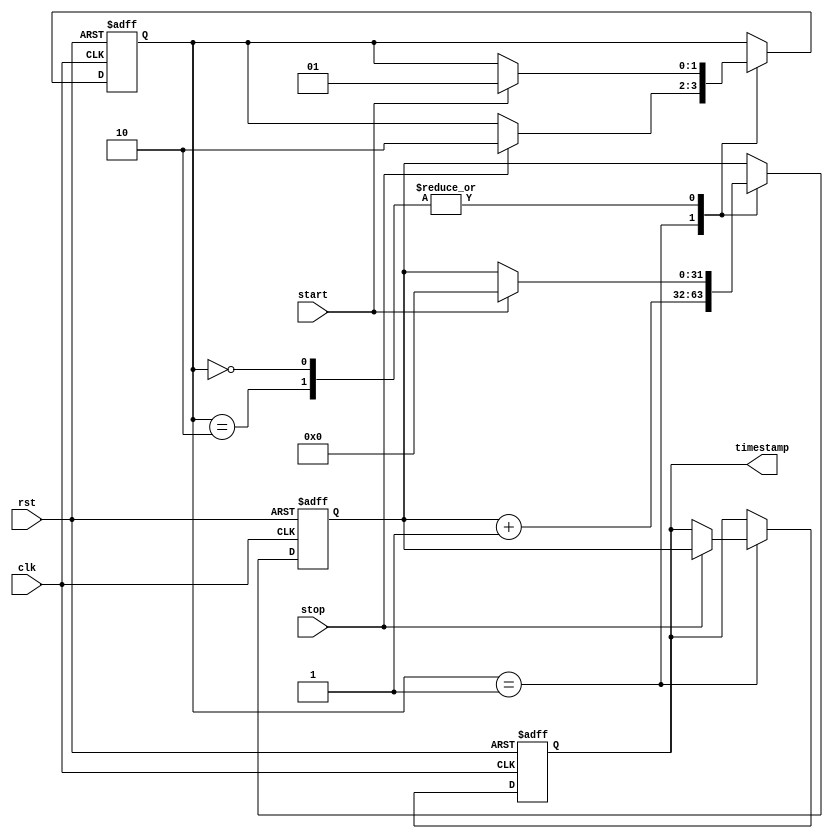
module TimeStampingTimer (
    input wire clk,
    input wire rst,
    input wire start,
    input wire stop,
    output reg [31:0] timestamp
);

reg [31:0] timer;
reg [1:0] state;

always @ (posedge clk or posedge rst) begin
    if (rst) begin
        timer <= 32'd0;
        state <= 2'b00;
        timestamp <= 0;
    end else begin
        case (state)
            2'b00: begin // Idle state
                if (start) begin
                    timer <= 32'd0;
                    state <= 2'b01; // Start state
                end
            end
            2'b01: begin // Start state
                timer <= timer + 1;
                if (stop) begin
                    timestamp <= timer;
                    state <= 2'b10; // Stop state
                end
            end
            2'b10: begin // Stop state
                if (start) begin
                    timer <= 32'd0;
                    state <= 2'b01; // Start state
                end
            end
        endcase
    end
end

endmodule